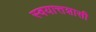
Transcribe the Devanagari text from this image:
स्वयात्तशासी